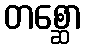
တစ္ဆော